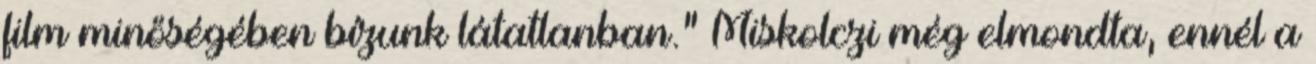
film minőségében bízunk látatlanban." Miskolczi még elmondta, ennél a